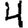
Digit: 4